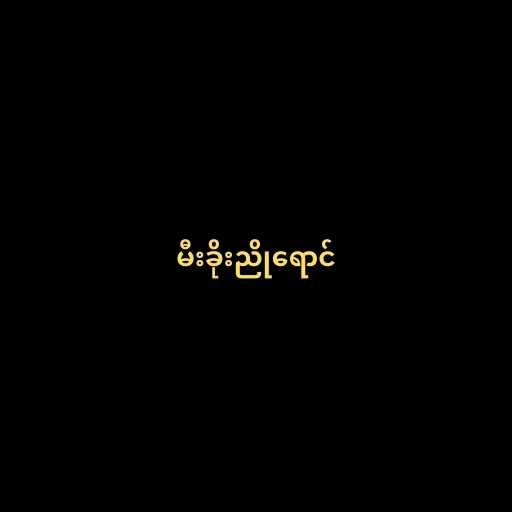
မီးခိုးညိုရောင်